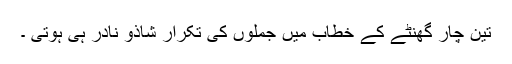
تین چار گھنٹے کے خطاب میں جملوں کی تکرار شاذو نادر ہی ہوتی ۔